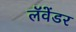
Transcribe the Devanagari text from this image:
लॅवेंडर